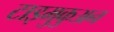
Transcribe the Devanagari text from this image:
टाइमुकुअन